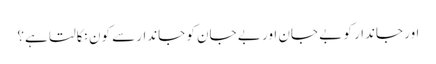
اور جاندار کو بے جان اور بے جان کو جاندارسے کون نکالتا ہے؟